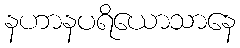
နဟာနပရိယောသာနေ